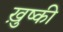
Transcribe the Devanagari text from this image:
ख़ुष्की